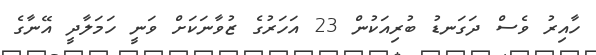
ހާއިރު ވެސް ދަގަނޑު ބުރިއަކުން 23 އަހަރުގެ ޒުވާނަކަށް ވަނީ ހަމަލާދީ އޭނާގެ